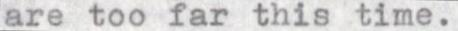
are too far this time.